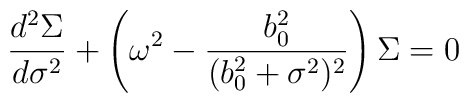
\frac{d^{2}\Sigma}{d\sigma^{2}} + \left ( \omega^{2} - \frac{b_{0}^{2}}{(b_{0}^{2} + \sigma^{2})^{2}} \right ) \Sigma = 0